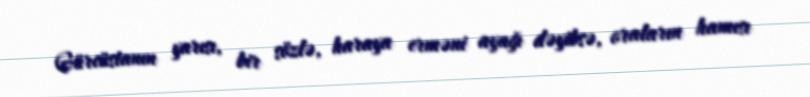
Gürcüstanın yarısı, bir sözlə, haraya erməni ayağı dəyibsə, oraların hamısı